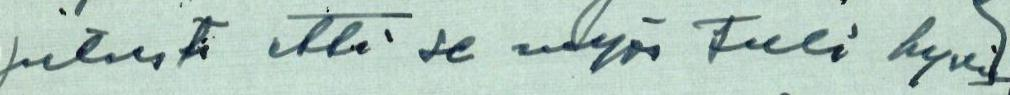
jutusta että se myös tuli hyvin